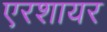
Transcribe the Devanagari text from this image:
एरशायर